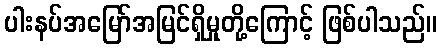
ပါးနပ်အမြော်အမြင်ရှိမှုတို့ကြောင့် ဖြစ်ပါသည်။